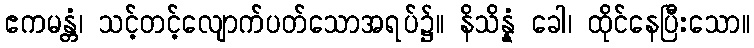
ဧကမန္တံ၊ သင့်တင့်လျောက်ပတ်သောအရပ်၌။ နိသိန္နံ ခေါ၊ ထိုင်နေပြီးသော။